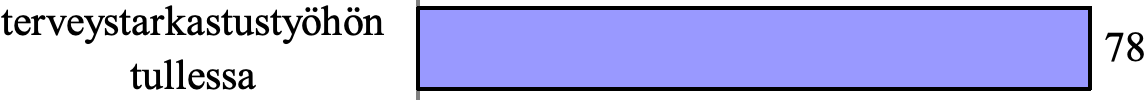
terveystarkastustyöhön 78 tullessa